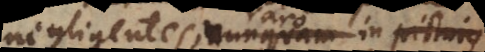
negligentes, nunquam in picturis